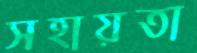
সহায়তা